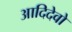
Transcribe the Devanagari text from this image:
आदिदेवो